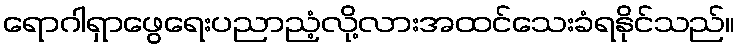
ရောဂါရှာဖွေရေးပညာညံ့လို့လားအထင်သေးခံရနိုင်သည်။